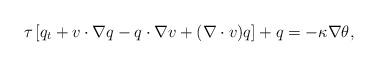
LaTeX: \begin{align*}\tau\left[q_{t}+v\cdot\nabla q-q\cdot\nabla v+(\nabla\cdot v)q\right]+q=-\kappa\nabla\theta,\end{align*}